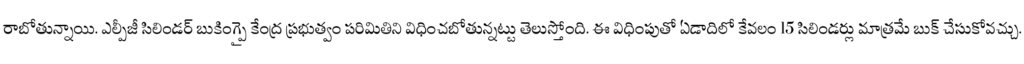
రాబోతున్నాయి. ఎల్పీజీ సిలిండర్ బుకింగ్పై కేంద్ర ప్రభుత్వం పరిమితిని విధించబోతున్నట్టు తెలుస్తోంది. ఈ విధింపుతో ఏడాదిలో కేవలం 15 సిలిండర్లు మాత్రమే బుక్ చేసుకోవచ్చు.